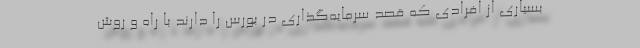
بسیاری از افرادی که قصد سرمایه‌گذاری در بورس را دارند با راه و روش